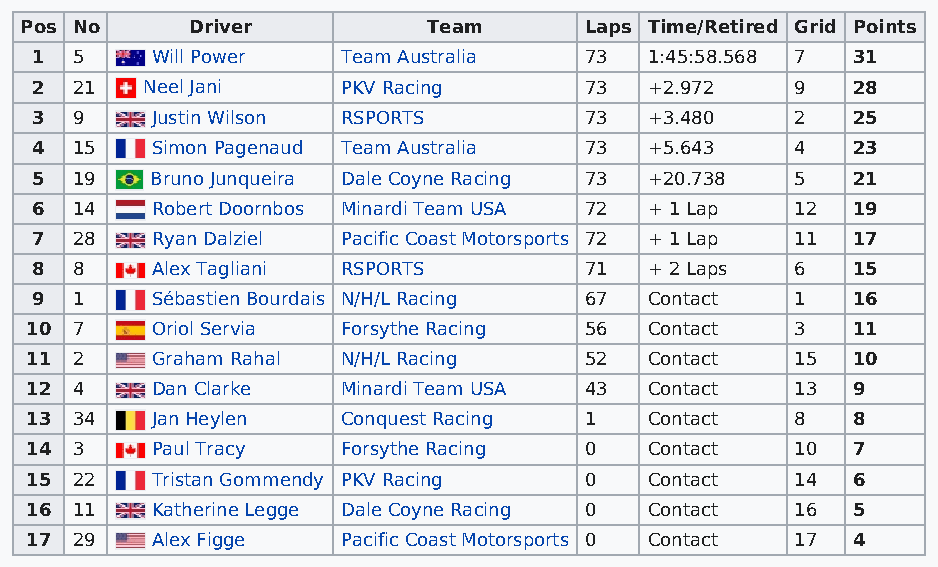
Pos No      Driver         Team       Laps Time/Retired Grid Points
 1  5    Will Power   Team Australia  73  1:45:58.568 7 31
 2  21  Neel Jani     PKV Racing      73  +2.972    9  28
 3  9    Justin Wilson RSPORTS        73  +3.480    2  25
 4  15   Simon Pagenaud Team Australia 73 +5.643    4  23
 5  19   Bruno Junqueira Dale Coyne Racing 73 +20.738 5 21
 6  14   Robert Doornbos Minardi Team USA 72 + 1 Lap 12 19
 7  28   Ryan Dalziel Pacific Coast Motorsports 72 + 1 Lap 11 17
 8  8    Alex Tagliani RSPORTS        71  + 2 Laps  6  15
 9  1    Sébastien Bourdais N/H/L Racing 67 Contact 1  16
 10 7    Oriol Servia Forsythe Racing 56  Contact   3  11
 11 2    Graham Rahal N/H/L Racing    52  Contact   15 10
 12 4    Dan Clarke   Minardi Team USA 43 Contact   13 9
 13 34   Jan Heylen   Conquest Racing 1   Contact   8  8
 14 3    Paul Tracy   Forsythe Racing 0   Contact   10 7
 15 22   Tristan Gommendy PKV Racing  0   Contact   14 6
 16 11   Katherine Legge Dale Coyne Racing 0 Contact 16 5
 17 29   Alex Figge   Pacific Coast Motorsports 0 Contact 17 4